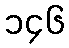
၁၄၆